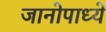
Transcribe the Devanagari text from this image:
जानोपाध्ये